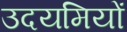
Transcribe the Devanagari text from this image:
उदयमियों